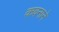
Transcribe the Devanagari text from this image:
कवनाने